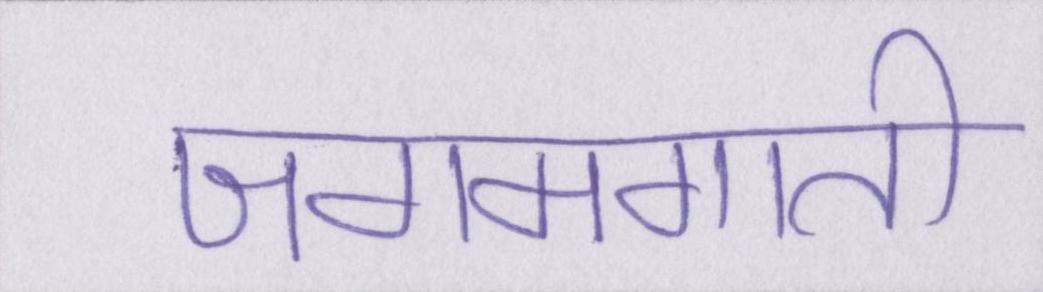
जगमगाती